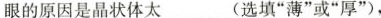
眼的原因是晶状体太___（选填”薄”或”厚”），